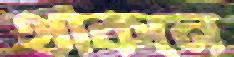
থাকনে